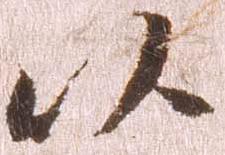
以